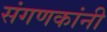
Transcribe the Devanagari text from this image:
संगणकांनी